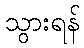
သွားရန်